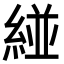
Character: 𮈝